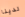
لدينا